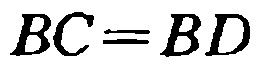
\(BC = BD\)